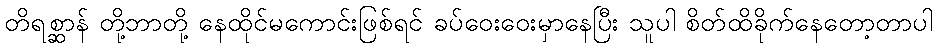
တိရစ္ဆာန် တို့ဘာတို့ နေထိုင်မကောင်းဖြစ်ရင် ခပ်ဝေးဝေးမှာနေပြီး သူပါ စိတ်ထိခိုက်နေတော့တာပါ